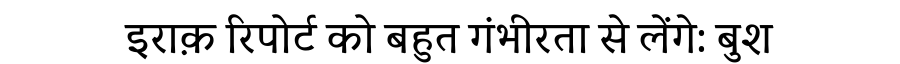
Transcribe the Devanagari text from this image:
इराक़ रिपोर्ट को बहुत गंभीरता से लेंगे: बुश